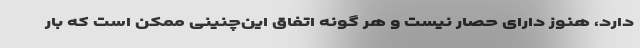
دارد، هنوز دارای حصار نیست و هر گونه اتفاق این‌چنینی ممکن است که بار